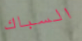
السباك